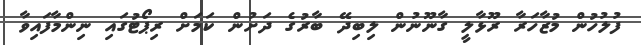
ފުލުހުން މުޒާހަރާ ރޫޅާލީ ގާނޫނުން ލިބިދޭ ބާރުގެ ދަށުން ކަމަށް ރިޕޯޓުގައި ނިންމާފައިވާ